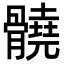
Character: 髐